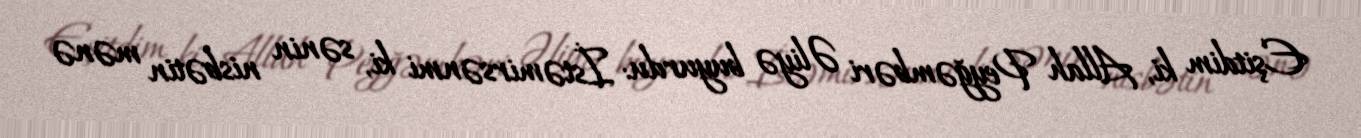
Eşitdim ki, Allah Peyğəmbəri Əliyə buyurdu: İstəmirsənmi ki, sənin nisbətin mənə